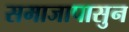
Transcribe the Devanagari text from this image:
समाजापासुन